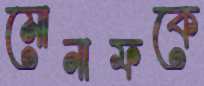
মোনাফকে